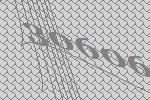
30606